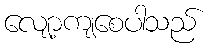
လျော့ကျစေပါသည်